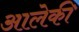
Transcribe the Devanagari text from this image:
आलेकी